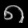
Digit: ၈